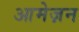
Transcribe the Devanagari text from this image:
आमेज़न